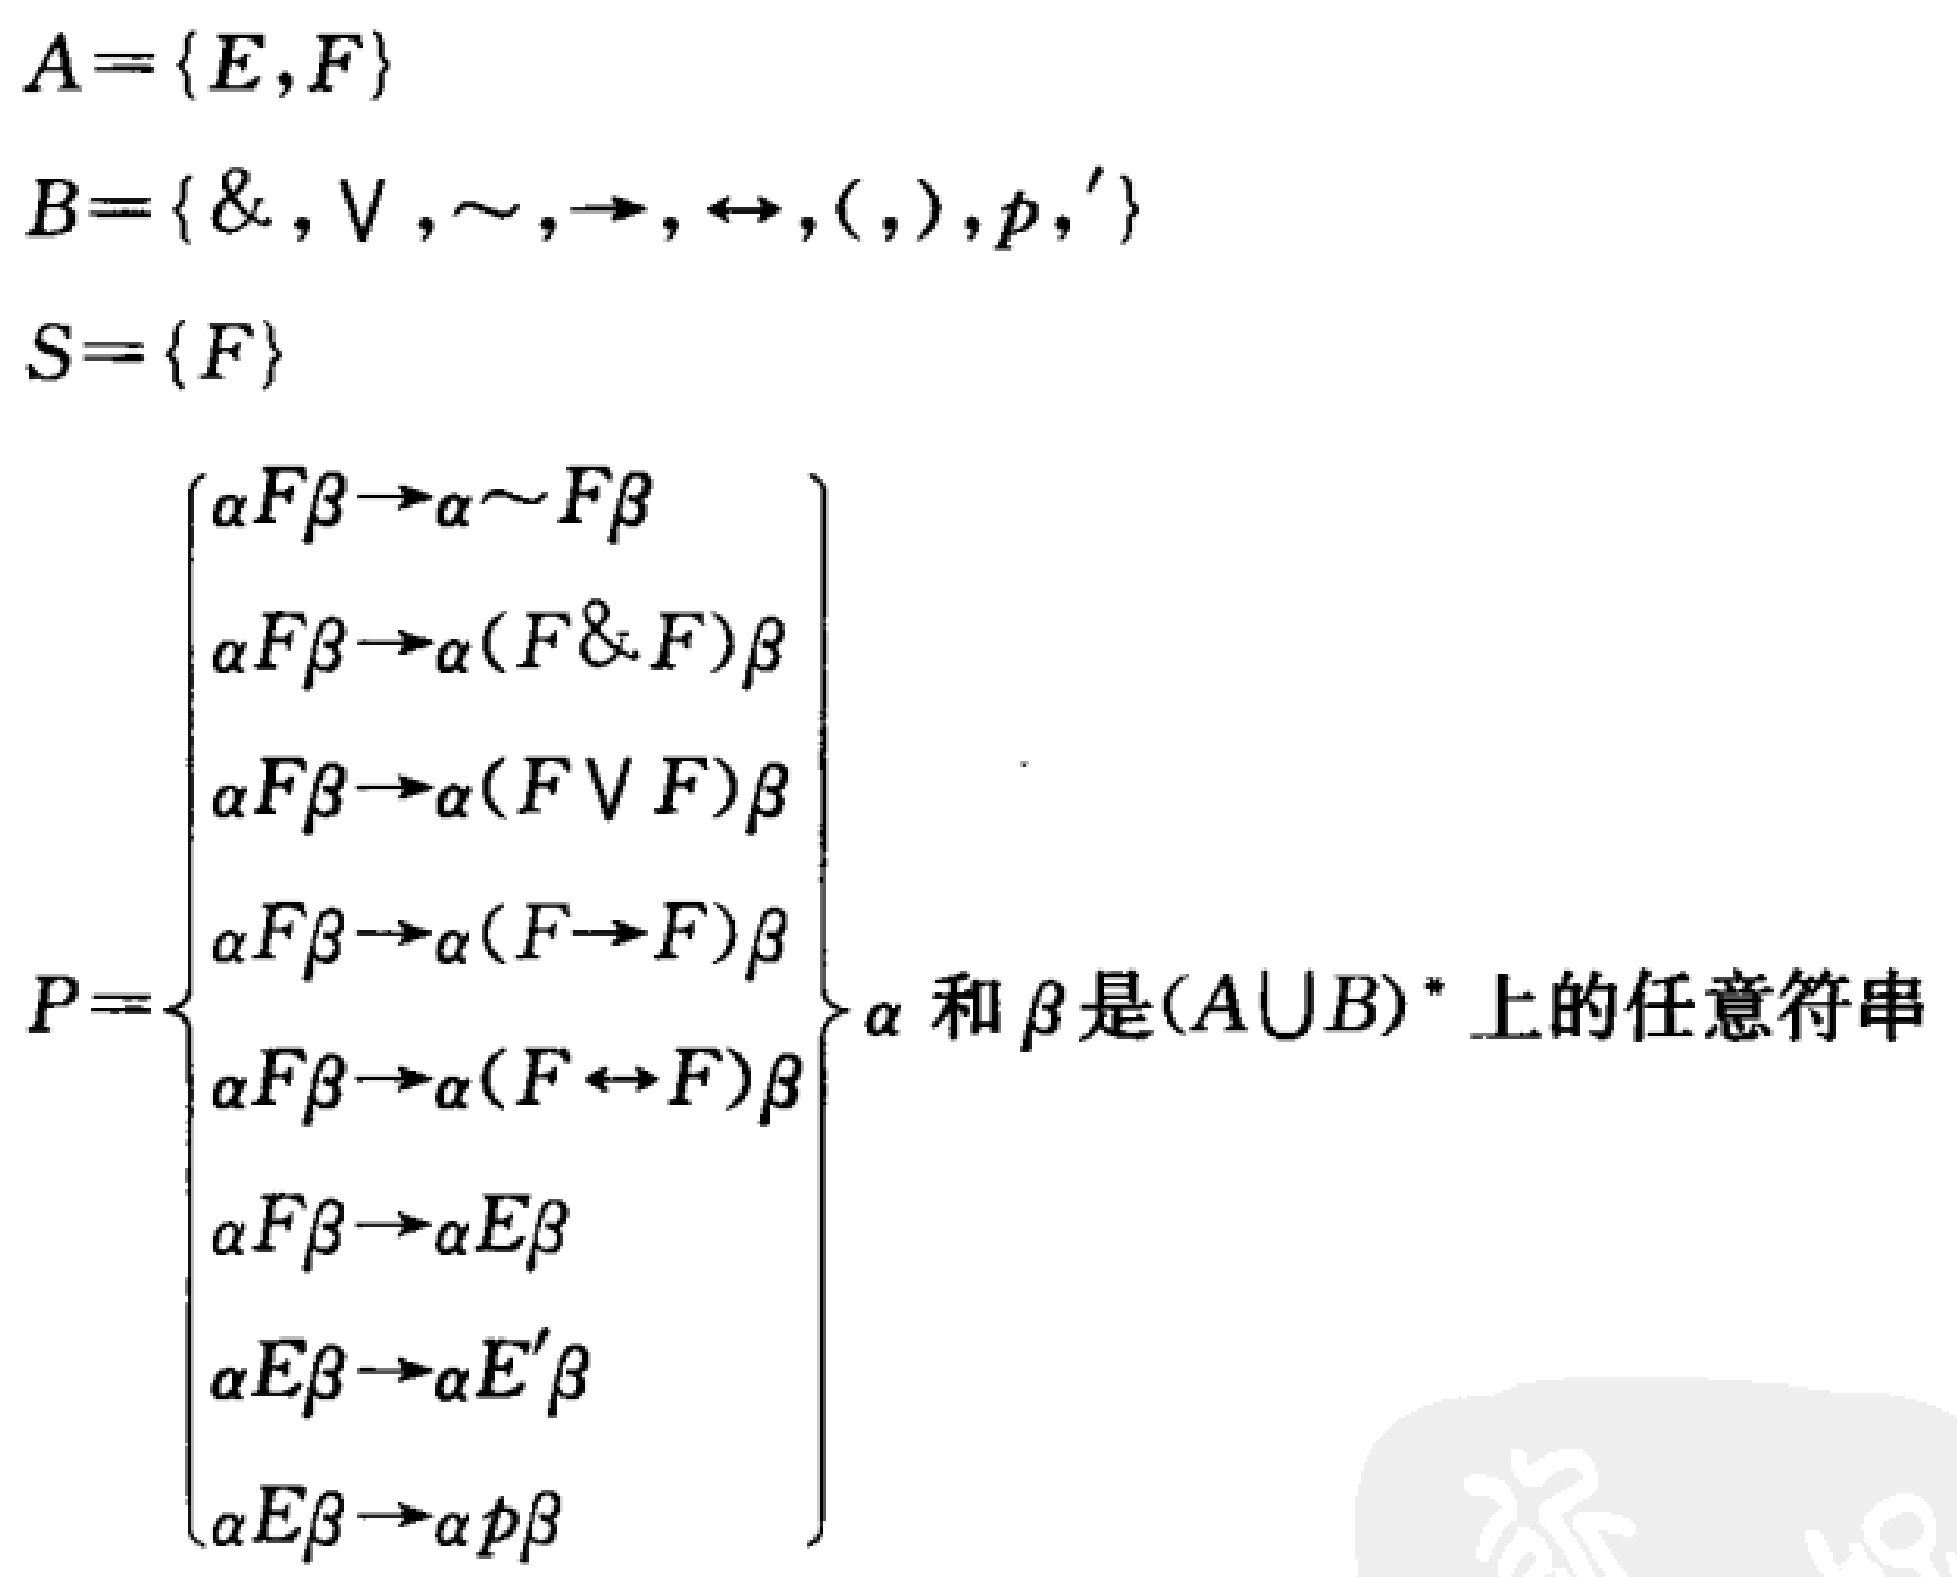
\[

\begin{align*}

A&=\{E,F\}\\

B&=\{\&, \vee, \sim, \to, \leftrightarrow, (, ), p, '\}\\

S&=\{F\}\\

P&=\left\{

\begin{array}{l}

\alpha F\beta\rightarrow\alpha\sim F\beta\\

\alpha F\beta\rightarrow\alpha(F\& F)\beta\\

\alpha F\beta\rightarrow\alpha(F\vee F)\beta\\

\alpha F\beta\rightarrow\alpha(F\rightarrow F)\beta\\

\alpha F\beta\rightarrow\alpha(F\leftrightarrow F)\beta\\

\alpha F\beta\rightarrow\alpha E\beta\\

\alpha E\beta\rightarrow\alpha E'\beta\\

\alpha E\beta\rightarrow\alpha p\beta

\end{array}

\right\}\text{ $\alpha$ 和 $\beta$ 是$(A\cup B)^*$ 上的任意符串}

\end{align*}

\]